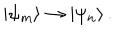
| \psi _ { m } \rangle \rightarrow | \psi _ { n } \rangle \, .